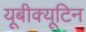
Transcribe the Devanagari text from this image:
यूबीक्यूटिन